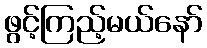
ဖွင့်ကြည့်မယ်နော်